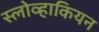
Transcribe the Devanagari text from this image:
स्लोव्हाकियन